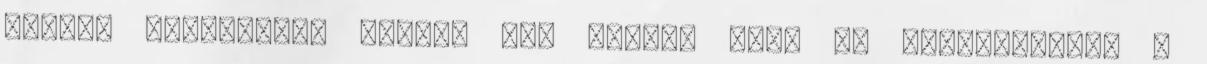
megint hármójukat hívtam be. Sohase tett rá megjegyzést: ő